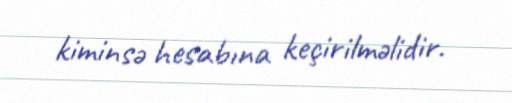
kiminsə hesabına keçirilməlidir.